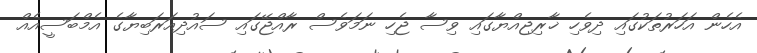
އެހެން އަހަރުތަކުގައި ދިވެހި ޚާރިޖިއްޔާގައި ވިސާ ޖެހި ނަމަވެސް ރާއްޖޭގައި ސައުދިއަރަބިޔާގެ އެމްބަސީއެއް